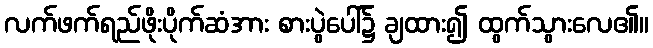
လက်ဖက်ရည်ဖိုးပိုက်ဆံအား စားပွဲပေါ်၌ ချထား၍ ထွက်သွားလေ၏။